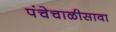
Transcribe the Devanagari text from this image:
पंचेचाळीसावा